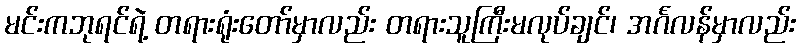
မင်းကဘုရင်ရဲ့ တရားရုံးတော်မှာလည်း တရားသူကြီးမလုပ်ချင်၊ အင်္ဂလန်မှာလည်း